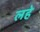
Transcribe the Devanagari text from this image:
लहे